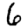
Digit: 6